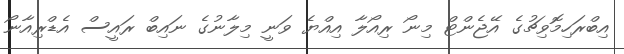
އިބްރަހިމޮވިޗުގެ އޭޖެންޓް މިނޯ ރިއޯލާ އިއްޔެ ވަނީ މިލާނުގެ ނައިބް ރައީސް އެޑްރިއާނޯ